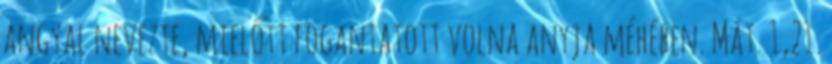
angyal nevezte, mielőtt fogantatott volna anyja méhében. Mát. 1,21.